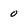
Character: 0